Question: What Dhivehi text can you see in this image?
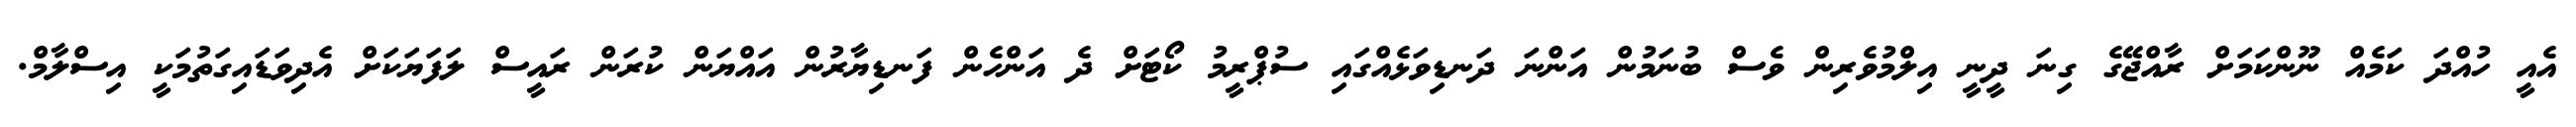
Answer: އެއީ ހުއްދަ ކަމެއް ނޫންކަމަށް ރާއްޖޭގެ ގިނަ ދީނީ އިލްމުވެރިން ވެސް ބުނަމުން އަންނަ ދަނޑިވަޅެއްގައި ސުޕްރީމު ކޯޓަށް ދެ އަންހެން ފަނޑިޔާރުން އައްޔަން ކުރަން ރައީސް ލަފަޔަކަށް އެދިވަޑައިގަތުމަކީ އިސްލާމް.